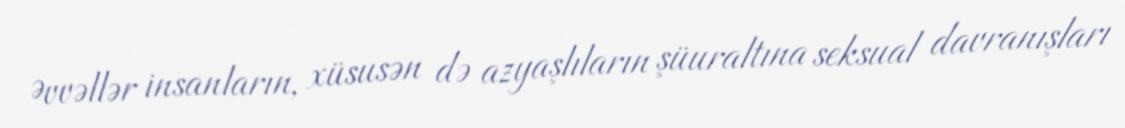
Əvvəllər insanların, xüsusən də azyaşlıların şüuraltına seksual davranışları